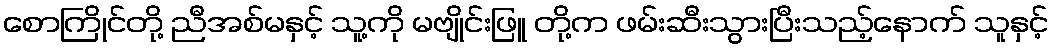
စောကြိုင်တို့ ညီအစ်မနှင့် သူ့ကို မဗျိုင်းဖြူ တို့က ဖမ်းဆီးသွားပြီးသည့်နောက် သူနှင့်